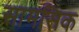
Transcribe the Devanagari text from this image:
सामसिक